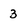
Character: 3